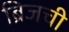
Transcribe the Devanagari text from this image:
ब्रिजची